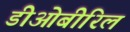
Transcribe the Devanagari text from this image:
डीओबीरिल